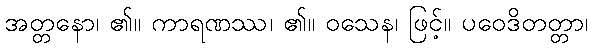
အတ္တနော၊ ၏။ ကာရဏဿ၊ ၏။ ဝသေန၊ ဖြင့်။ ပဝေဒိတတ္တာ၊